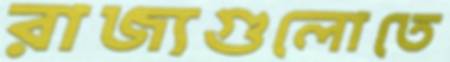
রাজ্যগুলোতে